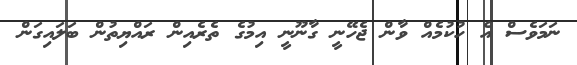
ނަމަވެސް އެ ހުކުމެއް ވާން ޖެހޭނީ ގާނޫނީ އިމުގެ ތެރެއިން ރައްޔިތުން ބަލައިގަން